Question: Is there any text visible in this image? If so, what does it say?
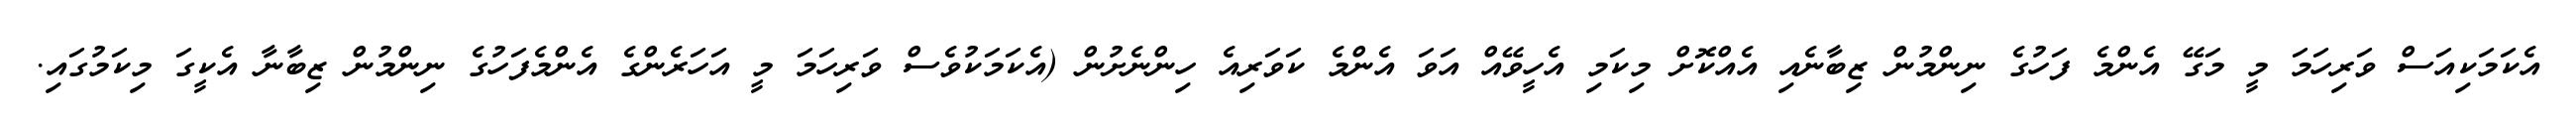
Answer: އެކަމަކިއަސް ވަރިހަމަ މީ މަގޭ އެންމެ ފަހުގެ ނިންމުން ޒިބާނެއި އެއްކޮށް މިކަމި އެހީވޭއް އަވަ އެންމެ ކަވަރިއެ ހިންނެށުން (އެކަމަކުވެސް ވަރިހަމަ މީ އަހަރެންގެ އެންމެފަހުގެ ނިންމުން ޒިބާނާ އެކީގަ މިކަމުގައި.